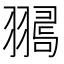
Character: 𦒞